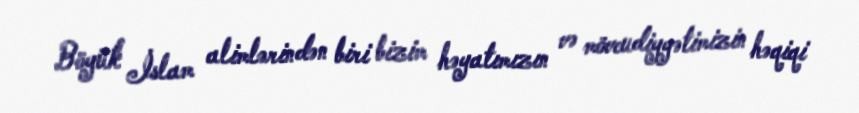
Böyük İslam alimlərindən biri bizim həyatımızın və mövcudiyyətimizin həqiqi